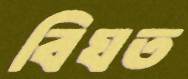
বিঘত